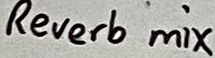
Text: Reverb mix